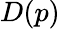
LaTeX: D(p)